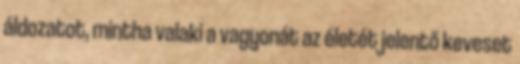
áldozatot, mintha valaki a vagyonát az életét jelentő keveset